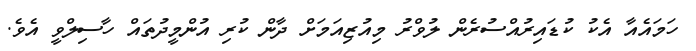
ހަމައެއާ އެކު ކުޑައިރުއްސުރެން ލުވްރު މިއުޒިއަމަށް ދާން ކުރި އުންމީދުތައް ހާސިލްވީ އެވެ.